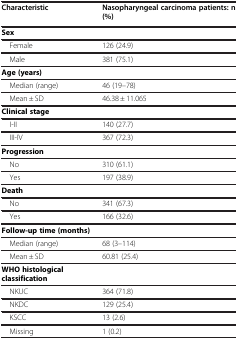
<table><thead><tr><td><b>Characteristic</b></td><td><b>Nasopharyngeal carcinoma patients: n (%)</b></td></tr></thead><tbody><tr><td><b>Sex</b></td><td> </td></tr><tr><td> Female</td><td>126 (24.9)</td></tr><tr><td> Male</td><td>381 (75.1)</td></tr><tr><td><b>Age (years)</b></td><td> </td></tr><tr><td> Median (range)</td><td>46 (19–78)</td></tr><tr><td> Mean ± SD</td><td>46.38 ± 11.065</td></tr><tr><td><b>Clinical stage</b></td><td> </td></tr><tr><td> I-II</td><td>140 (27.7)</td></tr><tr><td> III-IV</td><td>367 (72.3)</td></tr><tr><td><b>Progression</b></td><td> </td></tr><tr><td> No</td><td>310 (61.1)</td></tr><tr><td> Yes</td><td>197 (38.9)</td></tr><tr><td><b>Death</b></td><td> </td></tr><tr><td> No</td><td>341 (67.3)</td></tr><tr><td> Yes</td><td>166 (32.6)</td></tr><tr><td><b>Follow-up time (months)</b></td><td> </td></tr><tr><td> Median (range)</td><td>68 (3–114)</td></tr><tr><td> Mean ± SD</td><td>60.81 (25.4)</td></tr><tr><td><b>WHO histological classification</b></td><td> </td></tr><tr><td> NKUC</td><td>364 (71.8)</td></tr><tr><td> NKDC</td><td>129 (25.4)</td></tr><tr><td> KSCC</td><td>13 (2.6)</td></tr><tr><td> Missing</td><td>1 (0.2)</td></tr></tbody></table>